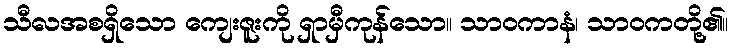
သီလအစရှိသော ကျေးဇူးကို ရှာမှီကုန်သော။ သာဝကာနံ၊ သာဝကတို့၏။